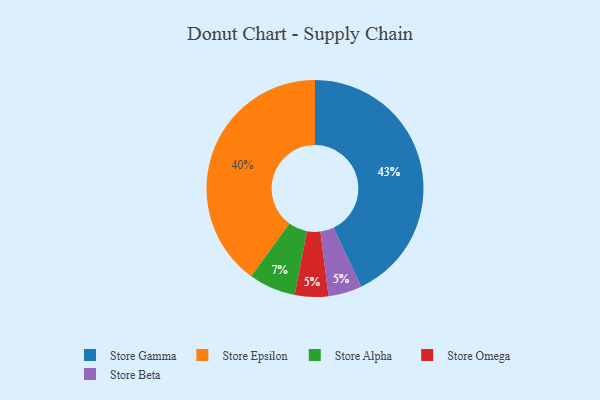
{"axis": {"x": "Category", "y": "Percentage"}, "legend": ["Store Alpha", "Store Beta", "Store Epsilon", "Store Gamma", "Store Omega"], "data": [{"x": "Store Alpha", "y": 7, "type": "Store Alpha"}, {"x": "Store Gamma", "y": 43, "type": "Store Gamma"}, {"x": "Store Omega", "y": 5, "type": "Store Omega"}, {"x": "Store Epsilon", "y": 40, "type": "Store Epsilon"}, {"x": "Store Beta", "y": 5, "type": "Store Beta"}]}